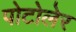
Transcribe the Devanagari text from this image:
पोटोलेर